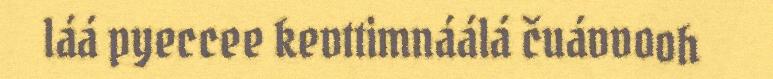
láá pyeccee kevttimnáálá čuávvooh